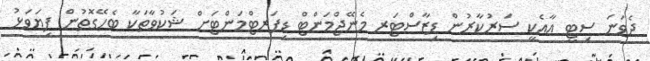
ދެވަނަ ސިޓީ އާއެކީ ސަރުކާރުން ޑިޒާސްޓަރ މެނޭޖްމަންޓް ޑިޕަރޓްމަންޓަށް ޝަކުވާތަކާ ބެހޭގޮތުން ފިޔަވަޅު